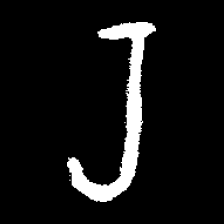
Pyu character \u2014 Myanmar letter: ရ (romanized: ra)